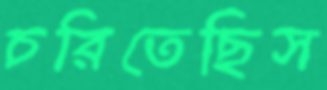
চরিতেছিস